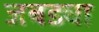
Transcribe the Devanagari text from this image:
जबड्या